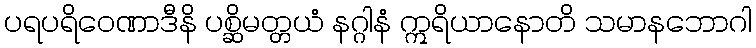
ပရပရိဝေဏာဒီနိ ပစ္ဆိမတ္တယံ နဂ္ဂါနံ ဣရိယာနောတိ သမာနဘောဂါ